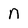
Character: n